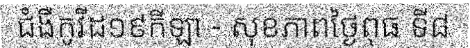
ជំងឺកូវីដ១៩កីឡា - សុខភាពថ្ងៃពុធ ទី៨